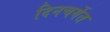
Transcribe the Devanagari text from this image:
दिनचर्येत